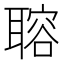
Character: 𦗋